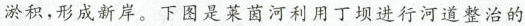
淤积，形成新岸。下图是莱茵河利用丁坝进行河道整治的